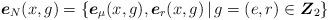
LaTeX: \begin{align*}\mbox{\boldmath{$e$}}_N(x,g)=\left\{\mbox{\boldmath{$e$}}_\mu(x,g), \mbox{\boldmath{$e$}}_r(x,g)\,|\, g=(e, r)\in \mbox{\boldmath{$Z$}}_2\right\}\end{align*}